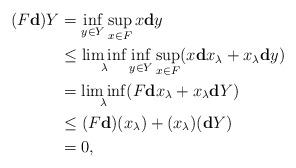
LaTeX: \begin{align*}(F\mathbf{d})Y&=\inf_{y\in Y}\sup_{x\in F}x\mathbf{d}y\\&\leq\liminf_\lambda\inf_{y\in Y}\sup_{x\in F}(x\mathbf{d}x_\lambda+x_\lambda\mathbf{d}y)\\&=\liminf_\lambda(F\mathbf{d}x_\lambda+x_\lambda\mathbf{d}Y)\\&\leq(F\mathbf{d})(x_\lambda)+(x_\lambda)(\mathbf{d}Y)\\&=0,\end{align*}